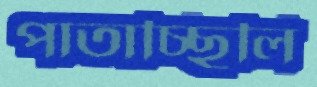
পাতাচ্ছিলি